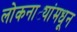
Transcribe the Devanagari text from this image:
लोकनाट्यांमधून